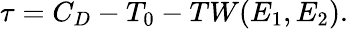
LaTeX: \tau=C_{D}-T_{0}-TW(E_{1},E_{2}).